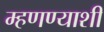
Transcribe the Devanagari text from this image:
म्हणण्याशी